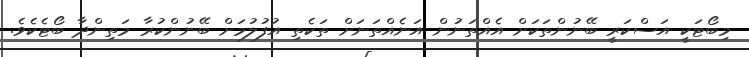
މިބޯޓަކީ އަސްކަރީ ބޭނުންތަކަށް އެއްތަނުން އަނެއްތަނަށް ތަކެތި އުފުލުމަށް ބޭނުންކުރާ މަތިންދާ ބޯޓެކެވެ.